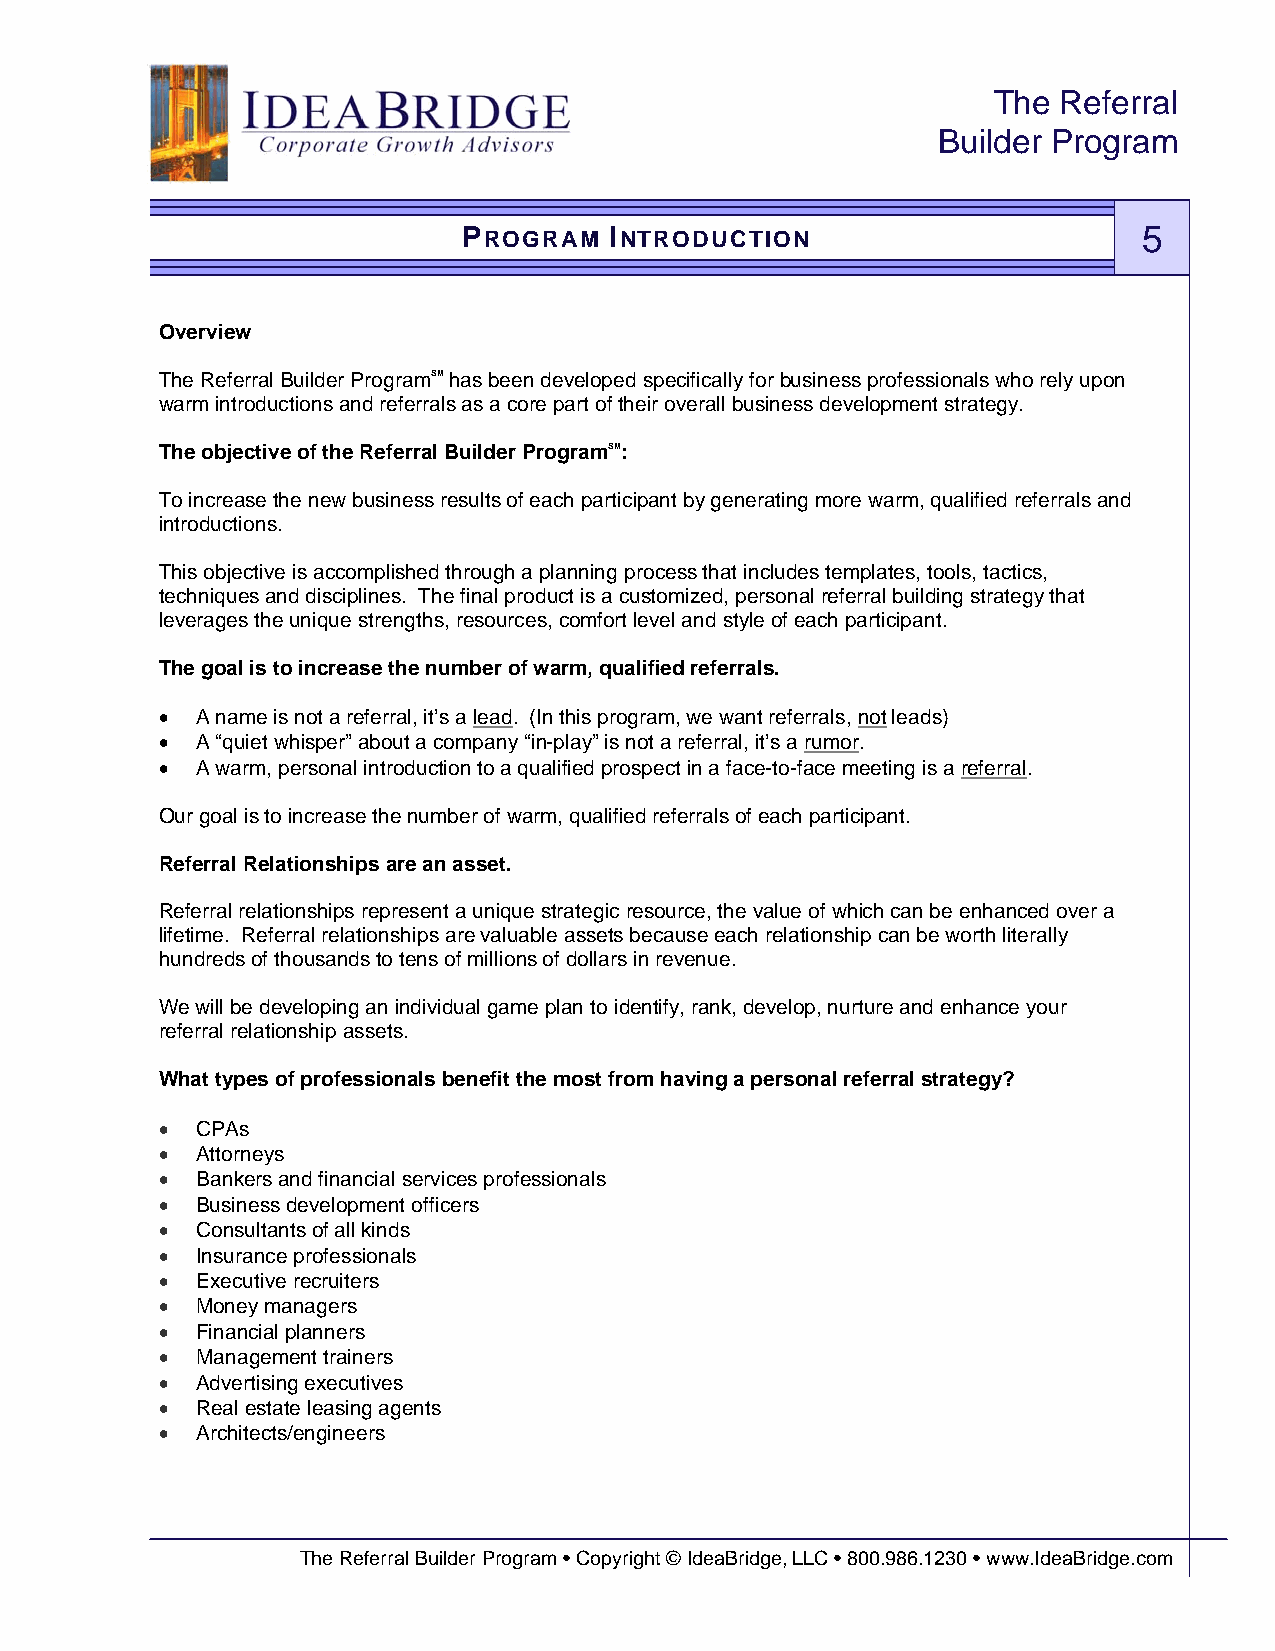
The Referral
 Builder Program
 PROGRAM  INTRODUCTION                        5
 Overview
 The Referral Builder ProgramSM has been developed specifically for business professionals who rely upon
 warm introductions and referrals as a core part of their overall business development strategy.
 The objective of the Referral Builder ProgramSM:
 To increase the new business results of each participant by generating more warm, qualified referrals and
 introductions.
 This objective is accomplished through a planning process that includes templates, tools, tactics,
 techniques and disciplines. The final product is a customized, personal referral building strategy that
 leverages the unique strengths, resources, comfort level and style of each participant.
 The goal is to increase the number of warm, qualified referrals.
 • A name is not a referral, it’s a lead. (In this program, we want referrals, not leads)
 • A “quiet whisper” about a company “in-play” is not a referral, it’s a rumor.
 • A warm, personal introduction to a qualified prospect in a face-to-face meeting is a referral.
 Our goal is to increase the number of warm, qualified referrals of each participant.
 Referral Relationships are an asset.
 Referral relationships represent a unique strategic resource, the value of which can be enhanced over a
 lifetime. Referral relationships are valuable assets because each relationship can be worth literally
 hundreds of thousands to tens of millions of dollars in revenue.
 We will be developing an individual game plan to identify, rank, develop, nurture and enhance your
 referral relationship assets.
 What types of professionals benefit the most from having a personal referral strategy?
 • CPAs
 • Attorneys
 • Bankers and financial services professionals
 • Business development officers
 • Consultants of all kinds
 • Insurance professionals
 • Executive recruiters
 • Money managers
 • Financial planners
 • Management trainers
 • Advertising executives
 • Real estate leasing agents
 • Architects/engineers
 The Referral Builder Program • Copyright © IdeaBridge, LLC • 800.986.1230 • www.IdeaBridge.com